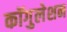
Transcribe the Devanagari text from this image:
कॉगुलेशन